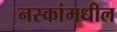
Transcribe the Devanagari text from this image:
नस्कांमधील